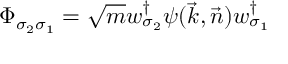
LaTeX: { \mit \Phi } _ { \sigma _ { 2 } \sigma _ { 1 } } = \sqrt { m } w _ { \sigma _ { 2 } } ^ { \dagger } \psi ( \vec { k } , \vec { n } ) w _ { \sigma _ { 1 } } ^ { \dagger }